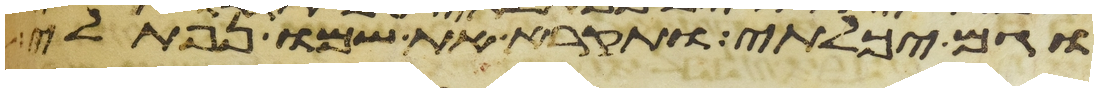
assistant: וגם יכלתי ותקרא את שמו נפתלי